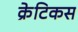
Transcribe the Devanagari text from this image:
क्रेटिकस